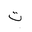
Letter: _ta